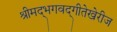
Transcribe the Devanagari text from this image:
श्रीमद्‌भगवद्‌गीतेखेरीज